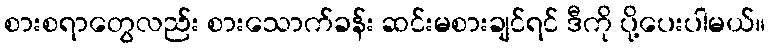
စားစရာတွေလည်း စားသောက်ခန်း ဆင်းမစားချင်ရင် ဒီကို ပို့ပေးပါမယ်။